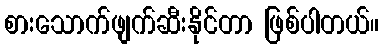
စားသောက်ဖျက်ဆီးနိုင်တာ ဖြစ်ပါတယ်။